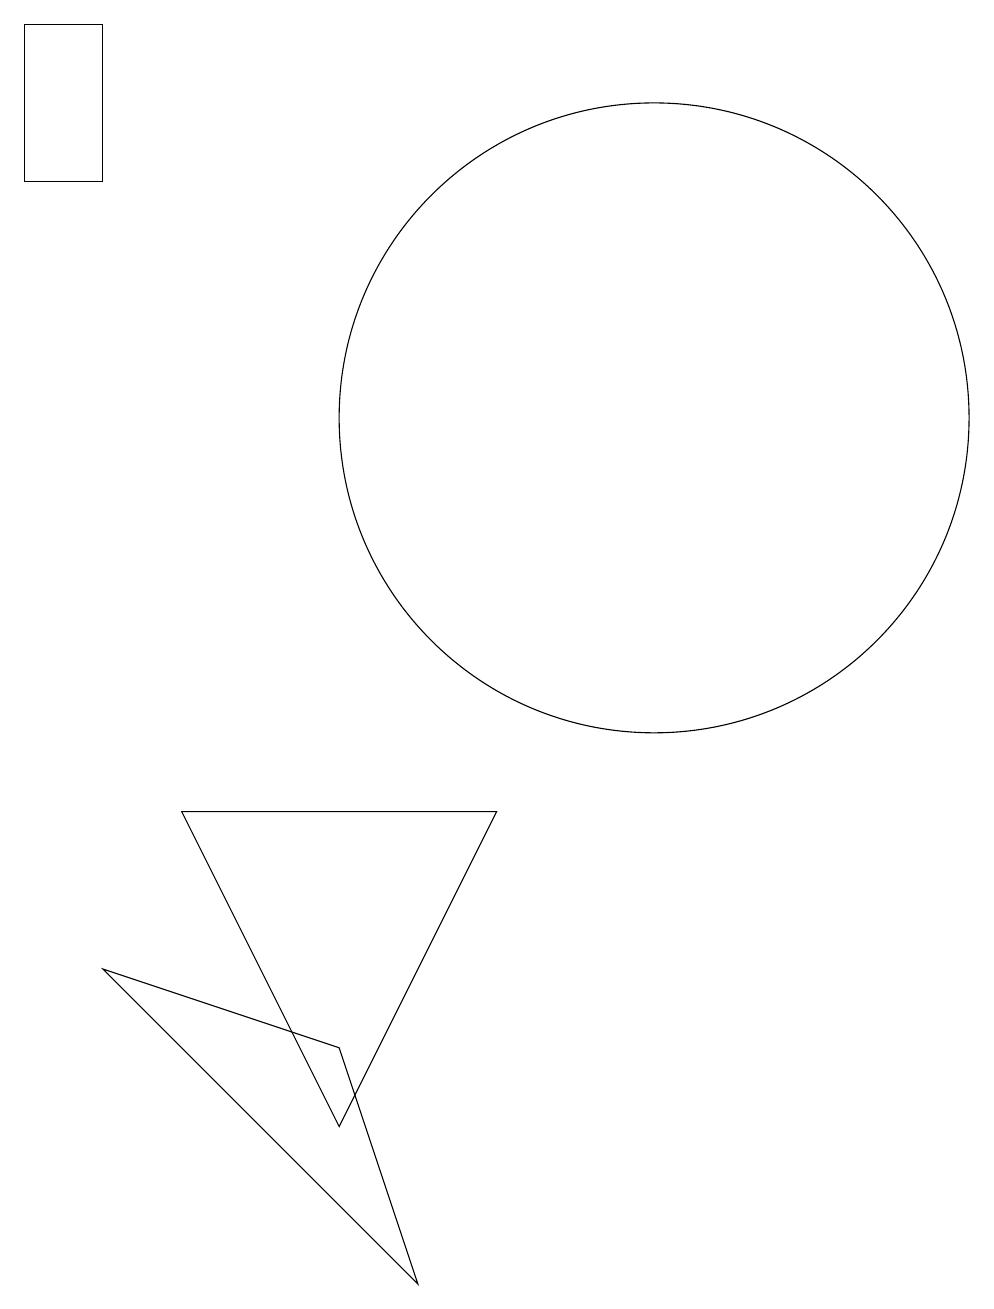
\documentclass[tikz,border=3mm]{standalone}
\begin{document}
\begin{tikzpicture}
\draw (11,12) circle (4);
\draw (7,3) -- (9,7) -- (5,7) -- cycle;
\draw (4,17) rectangle (3,15);
\draw (7,4) -- (8,1) -- (4,5) -- cycle;
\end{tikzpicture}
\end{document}